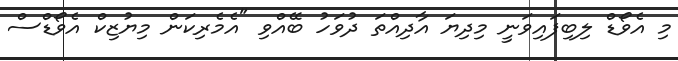
މި އެވޯޑް ލިބިފައިވަނީ މިދިޔަ އާދިއްތަ ދުވަހު ބޭއްވި "އެމެރިކަން މިޔުޒިކް އެވޯޑްސް